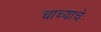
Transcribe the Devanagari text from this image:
चाच्याचे